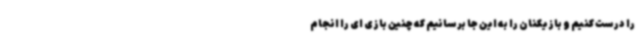
را درست کنیم و بازیکنان را به این جا برسانیم که چنین بازی ای را انجام